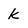
Character: k